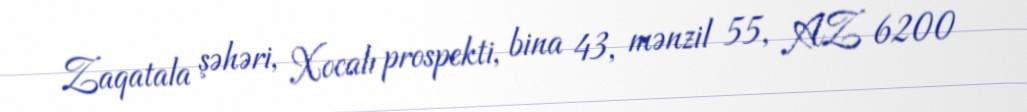
Zaqatala şəhəri, Xocalı prospekti, bina 43, mənzil 55, AZ 6200